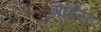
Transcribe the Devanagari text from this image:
गाईस्ट